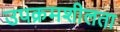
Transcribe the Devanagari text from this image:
उपक्रमशीलता